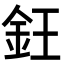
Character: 𬫃